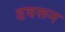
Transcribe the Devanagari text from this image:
डवरून